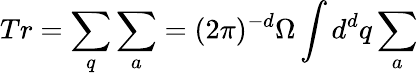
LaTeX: Tr=\sum_{q}\sum_{a}=(2\pi)^{-d}\Omega\int{d}^{d}q\sum_{a}